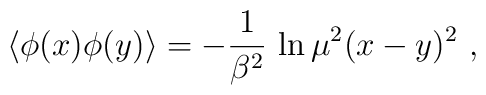
\left\langle\phi(x)\phi(y)\right\rangle=-\frac{1}{\beta^2}\,\ln \mu^2(x-y)^2\ ,